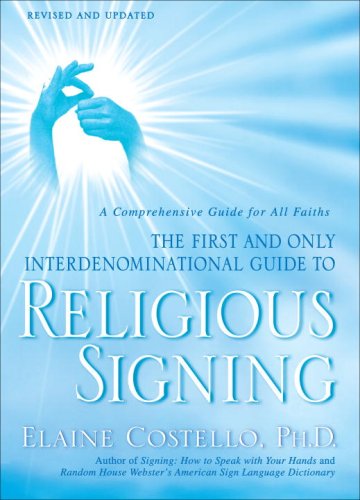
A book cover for Religious Signing: A Comprehensive Guide for All Faiths; Elaine Costello Ph.D.; Reference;